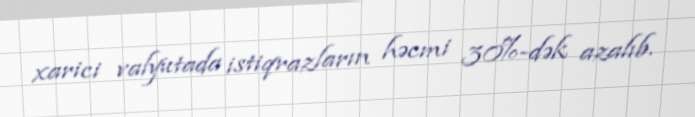
xarici valyutada istiqrazların həcmi 30%-dək azalıb.